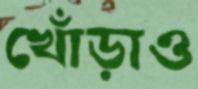
খোঁড়াও